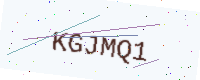
Text: KGJMQ1